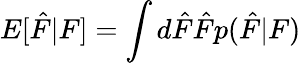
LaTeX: E[\hat{F}|F]=\int d\hat{F}\hat{F}p(\hat{F}|F)